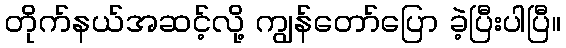
တိုက်နယ်အဆင့်လို့ ကျွန်တော်ပြော ခဲ့ပြီးပါပြီ။